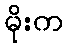
မိုးက